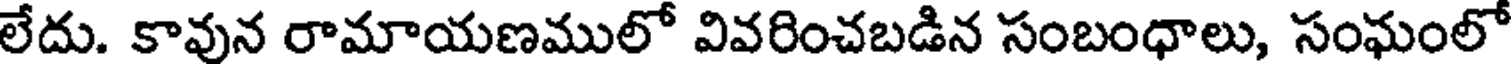
లేదు. కావున రామాయణములో వివరించబడిన సంబంధాలు, సంఘంలో